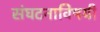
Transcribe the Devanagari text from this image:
संघटनाविषयी